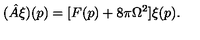
( \hat { A } \xi ) ( p ) = [ F ( p ) + 8 \pi \Omega ^ { 2 } ] \xi ( p ) .